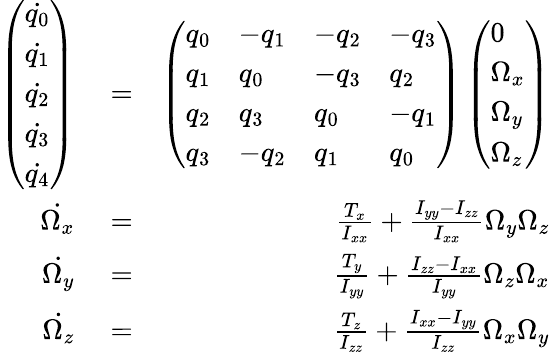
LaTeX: \begin{array}{rlr}{\left(\begin{array}{l}{\dot{q_{0}}}\\ {\dot{q_{1}}}\\ {\dot{q_{2}}}\\ {\dot{q_{3}}}\\ {\dot{q_{4}}}\end{array}\right)}&{{}=}&{\left(\begin{array}{llll}{q_{0}}&{-q_{1}}&{-q_{2}}&{-q_{3}}\\ {q_{1}}&{q_{0}}&{-q_{3}}&{q_{2}}\\ {q_{2}}&{q_{3}}&{q_{0}}&{-q_{1}}\\ {q_{3}}&{-q_{2}}&{q_{1}}&{q_{0}}\end{array}\right)\left(\begin{array}{l}{0}\\ {\Omega_{x}}\\ {\Omega_{y}}\\ {\Omega_{z}}\end{array}\right)}\\ {\dot{\Omega_{x}}}&{{}=}&{\frac{T_{x}}{I_{xx}}+\frac{I_{yy}-I_{zz}}{I_{xx}}\Omega_{y}\Omega_{z}}\\ {\dot{\Omega_{y}}}&{{}=}&{\frac{T_{y}}{I_{yy}}+\frac{I_{zz}-I_{xx}}{I_{yy}}\Omega_{z}\Omega_{x}}\\ {\dot{\Omega_{z}}}&{{}=}&{\frac{T_{z}}{I_{zz}}+\frac{I_{xx}-I_{yy}}{I_{zz}}\Omega_{x}\Omega_{y}}\end{array}